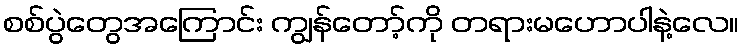
စစ်ပွဲတွေအကြောင်း ကျွန်တော့်ကို တရားမဟောပါနဲ့လေ။